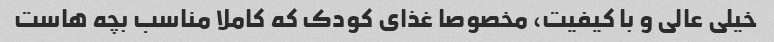
خیلی عالی و با کیفیت، مخصوصا غذای کودک که کاملا مناسب بچه هاست